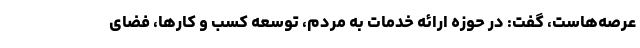
عرصه‌هاست، گفت: در حوزه ارائه خدمات به مردم، توسعه کسب و کارها، فضای